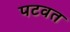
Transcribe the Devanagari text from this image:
पटवत